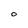
Character: 0